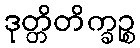
ဒုတ္တိတိက္ခဉ္စ